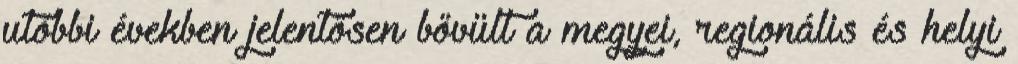
utóbbi években jelentősen bővült a megyei, regionális és helyi